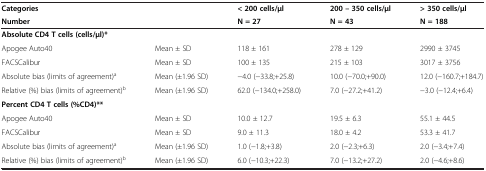
<table><thead><tr><td><b>Categories</b></td><td><b> </b></td><td><b>&lt; 200 cells/μl</b></td><td><b>200 – 350 cells/μl</b></td><td><b>&gt; 350 cells/μl</b></td></tr><tr><td><b>Number</b></td><td><b> </b></td><td><b>N = 27</b></td><td><b>N = 43</b></td><td><b>N = 188</b></td></tr></thead><tbody><tr><td><b>Absolute CD4 T cells (cells/</b><b>μl)*</b></td><td> </td><td> </td><td> </td><td> </td></tr><tr><td>Apogee Auto40</td><td>Mean ± SD</td><td>118 ± 161</td><td>278 ± 129</td><td>2990 ± 3745</td></tr><tr><td>FACSCalibur</td><td>Mean ± SD</td><td>100 ± 135</td><td>215 ± 103</td><td>3017 ± 3756</td></tr><tr><td>Absolute bias (limits of agreement)<sup>a</sup></td><td>Mean (±1.96 SD)</td><td>−4.0 (−33.8;+25.8)</td><td>10.0 (−70.0;+90.0)</td><td>12.0 (−160.7;+184.7)</td></tr><tr><td>Relative (%) bias (limits of agreement)<sup>b</sup></td><td>Mean (±1.96 SD)</td><td>62.0 (−134.0;+258.0)</td><td>7.0 (−27.2;+41.2)</td><td>−3.0 (−12.4;+6.4)</td></tr><tr><td><b>Percent CD4 T cells (%CD4)**</b></td><td> </td><td> </td><td> </td><td> </td></tr><tr><td>Apogee Auto40</td><td>Mean ± SD</td><td>10.0 ± 12.7</td><td>19.5 ± 6.3</td><td>55.1 ± 44.5</td></tr><tr><td>FACSCalibur</td><td>Mean ± SD</td><td>9.0 ± 11.3</td><td>18.0 ± 4.2</td><td>53.3 ± 41.7</td></tr><tr><td>Absolute bias (limits of agreement)<sup>a</sup></td><td>Mean (±1.96 SD)</td><td>1.0 (−1.8;+3.8)</td><td>2.0 (−2.3;+6.3)</td><td>2.0 (−3.4;+7.4)</td></tr><tr><td>Relative (%) bias (limits of agreement)<sup>b</sup></td><td>Mean (±1.96 SD)</td><td>6.0 (−10.3;+22.3)</td><td>7.0 (−13.2;+27.2)</td><td>2.0 (−4.6;+8.6)</td></tr></tbody></table>